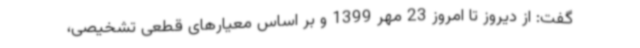
گفت: از دیروز تا امروز 23 مهر 1399 و بر اساس معیارهای قطعی تشخیصی،